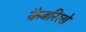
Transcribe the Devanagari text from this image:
कैबरिलो